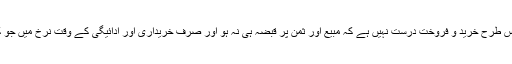
۵- کمیوڈٹیز ایکسچینج میں سونے چاندی کی اس طرح خرید و فروخت درست نہیں ہے کہ مبیع اور ثمن پر قبضہ ہی نہ ہو اور صرف خریداری اور ادائیگی کے وقت نرخ میں جو کمی بیشی آتی ہے، اس کا لین دین کرلیا جائے۔